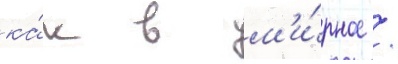
ка́к в м'и́рное /